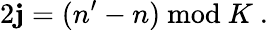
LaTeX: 2\mathbf{j}=(n^{\prime}-n){}~\mathrm{{mod}}{}~K{}~.